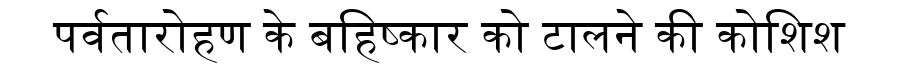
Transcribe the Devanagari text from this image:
पर्वतारोहण के बहिष्कार को टालने की कोशिश